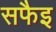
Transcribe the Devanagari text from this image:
सफैइ